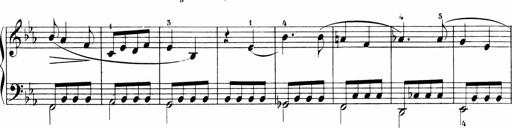
Title: Sonatinen Op.47, 98 und 136, nebst 6 Liedersonatinen
Composer: Carl Reinecke